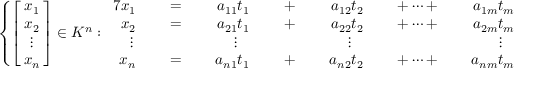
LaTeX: \left\{ \left[ \! \! { \begin{array} { c } { x _ { 1 } } \\ { x _ { 2 } } \\ { \vdots } \\ { x _ { n } } \end{array} } \! \! \right] \in K ^ { n } : { \begin{array} { r l r l r l r l r l r l r l } { { 7 } x _ { 1 } } & { { } } & { \; = \; } & { { } } & { a _ { 1 1 } t _ { 1 } } & { { } } & { \; + \; } & { { } } & { a _ { 1 2 } t _ { 2 } } & { { } } & { \; + \cdots + \; } & { { } } & { a _ { 1 m } t _ { m } } & { { } } \\ { x _ { 2 } } & { { } } & { \; = \; } & { { } } & { a _ { 2 1 } t _ { 1 } } & { { } } & { \; + \; } & { { } } & { a _ { 2 2 } t _ { 2 } } & { { } } & { \; + \cdots + \; } & { { } } & { a _ { 2 m } t _ { m } } & { { } } \\ { \vdots \, } & { { } } & { } & { { } } & { \vdots \; \; \; } & { { } } & { } & { { } } & { \vdots \; \; \; } & { { } } & { } & { { } } & { \vdots \; \; \; } & { { } } \\ { x _ { n } } & { { } } & { \; = \; } & { { } } & { a _ { n 1 } t _ { 1 } } & { { } } & { \; + \; } & { { } } & { a _ { n 2 } t _ { 2 } } & { { } } & { \; + \cdots + \; } & { { } } & { a _ { n m } t _ { m } } & { { } } \end{array} } { \mathrm { ~ f o r ~ s o m e ~ } } t _ { 1 } , \ldots , t _ { m } \in K \right\} .